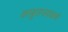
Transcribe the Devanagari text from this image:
काबूलजवळचे